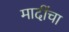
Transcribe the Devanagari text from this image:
मादींचा